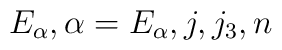
E_\alpha,\alpha=E_\alpha, j, j_3, n